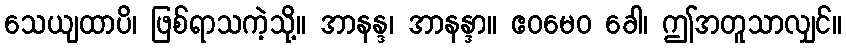
သေယျထာပိ၊ ဖြစ်ရာသကဲ့သို့။ အာနန္ဒ၊ အာနန္ဒာ။ ဧဝမေဝ ခေါ၊ ဤအတူသာလျှင်။